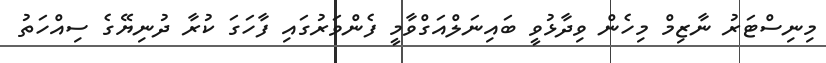
މިނިސްޓަރު ނާޒިމް މިހެން ވިދާޅުވީ ބައިނަލްއަގްވާމީ ފެންވަރުގައި ފާހަގަ ކުރާ ދުނިޔޭގެ ސިއްހަތު